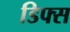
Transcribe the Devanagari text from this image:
डिफ्स